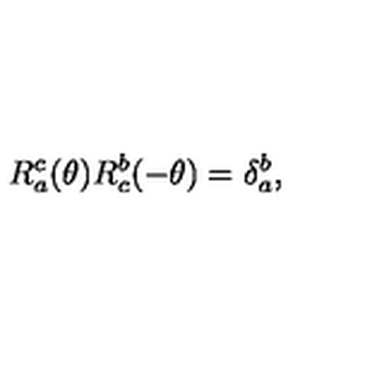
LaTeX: R _ { a } ^ { c } ( \theta ) R _ { c } ^ { b } ( - \theta ) = \delta _ { a } ^ { b } ,